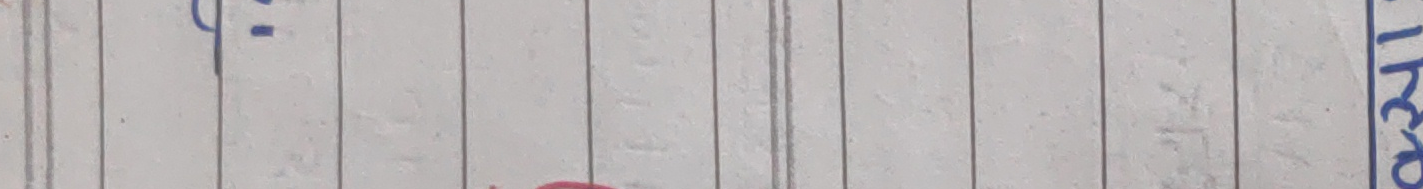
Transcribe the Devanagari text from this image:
के खा को त्र मा